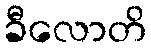
ခီလောတိ